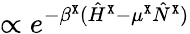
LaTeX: \propto e^{-\beta^{\tt X}(\hat{H}^{\tt X}-\mu^{\tt X}\hat{N}^{\tt X})}